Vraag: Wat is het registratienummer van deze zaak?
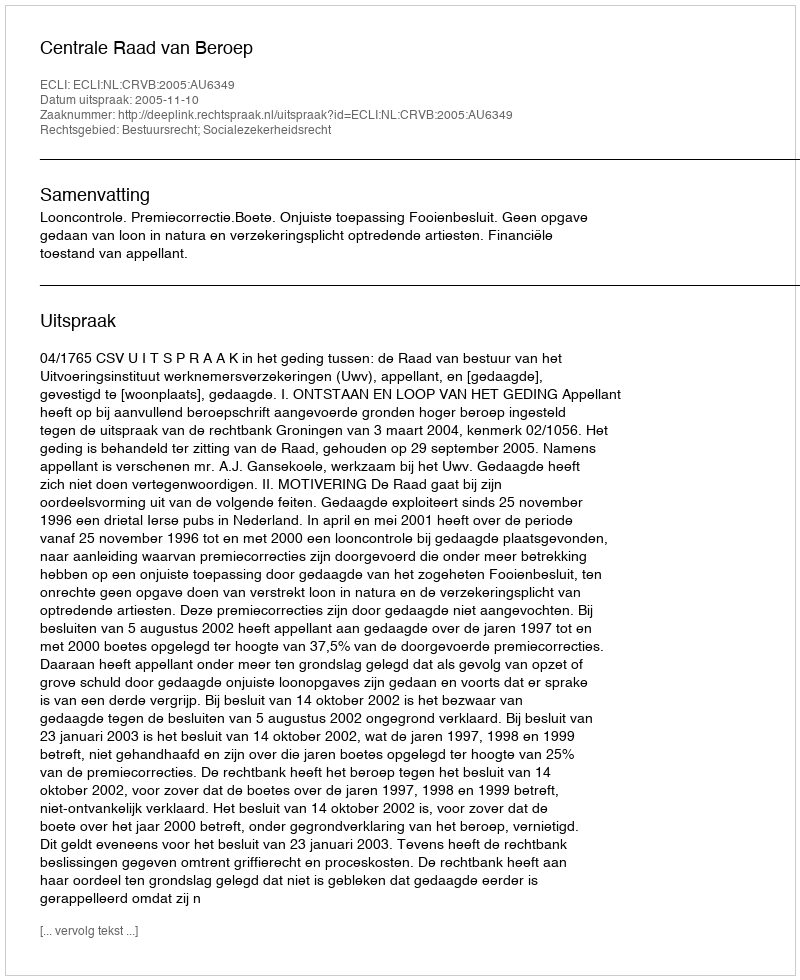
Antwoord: http://deeplink.rechtspraak.nl/uitspraak?id=ECLI:NL:CRVB:2005:AU6349